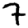
Digit: 7